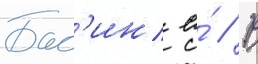
Бас'ин е́ // В